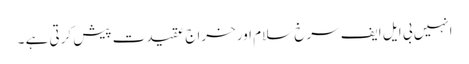
انہیں بی ایل ایف سرخ سلام اور خراج عقیدت پیش کرتی ہے ۔